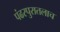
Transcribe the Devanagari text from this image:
पंढरपुरातलाच